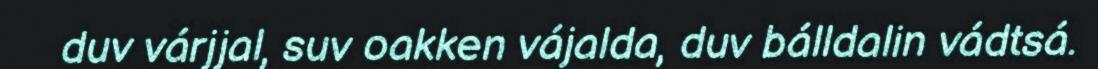
duv várjjal, suv oakken vájalda, duv bálldalin vádtsá.